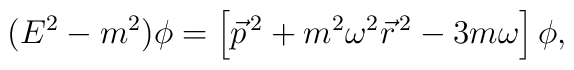
(E^2-m^2)\phi=\left [\vec p^{\,2}+m^2\omega^2\vec r^{\,2}-3m\omega\right ]\phi,